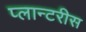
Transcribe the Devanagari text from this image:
प्लान्टरीस